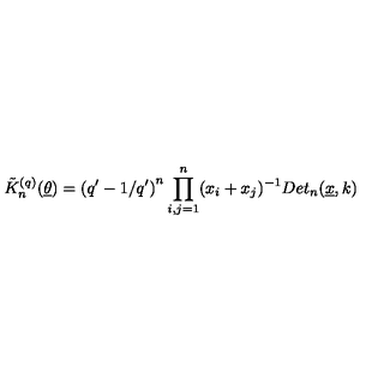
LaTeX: \tilde { K } _ { n } ^ { ( q ) } ( \underline { { \theta } } ) = \left( q ^ { \prime } - 1 / q ^ { \prime } \right) ^ { n } \prod _ { i , j = 1 } ^ { n } ( x _ { i } + x _ { j } ) ^ { - 1 } D e t _ { n } ( \underline { { x } } , k )